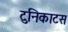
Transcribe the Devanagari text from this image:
टुनिकाटस